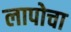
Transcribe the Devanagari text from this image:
लापोचा